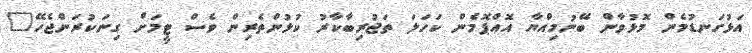
އަޅުގަނޑުމެން މޮޅުވާން ބޭނުމިއްޔާ އޮއްޕޮމެން ކަހަލަ ތަޖުރިބާކާރު ކުޅުންތެރިން ވެސް ޓީމަށް ގިނަކުރަންޖެހޭ"